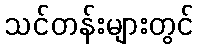
သင်တန်းများတွင်